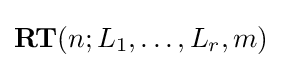
\mathbf {RT} (n;L_{1},\dots ,L_{r},m)